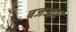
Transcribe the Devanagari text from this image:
बजआए